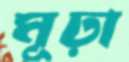
মূঢ়া